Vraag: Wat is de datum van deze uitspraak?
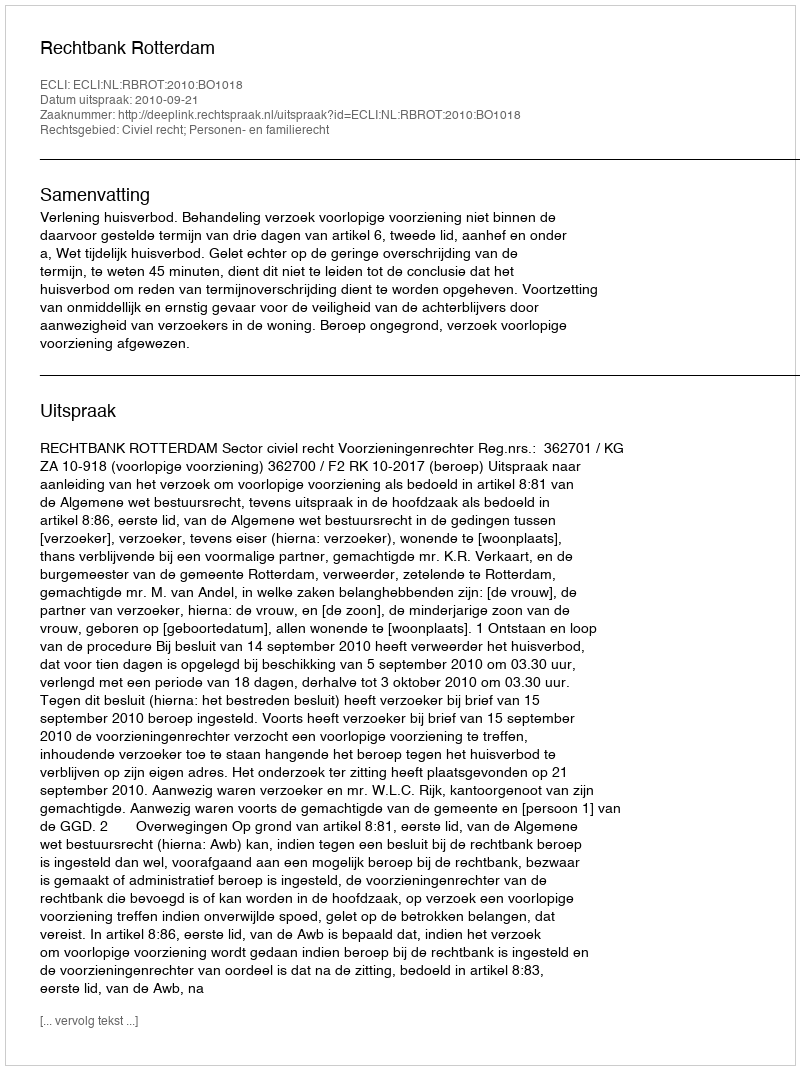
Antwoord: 2010-09-21